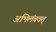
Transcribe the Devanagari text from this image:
अभिलंबवत्